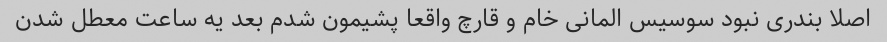
اصلا بندری نبود سوسیس المانی خام و قارچ واقعا پشیمون شدم بعد یه ساعت معطل شدن